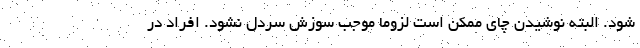
شود. البته نوشیدن چای ممکن است لزوما موجب سوزش سردل نشود. افراد در